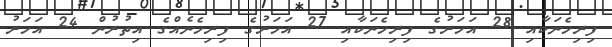
ފިރިހެނަކާއި 28 އަހަރުގެ ފިރިހެނަކާއި 27 އަހަރުގެ ފިރިހެނެއްގެ އިތުރުން 24 އަހަރު